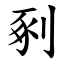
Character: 剢